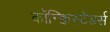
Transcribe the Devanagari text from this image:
कॉन्क्विस्टेडर्स